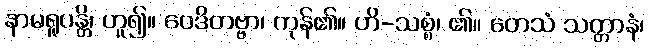
နာမရူပန္တိ၊ ဟူ၍။ ဝေဒိတဗ္ဗာ၊ ကုန်၏။ ဟိ-သစ္စံ၊ ၏။ တေသံ သတ္တာနံ၊